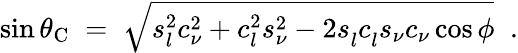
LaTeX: \sin\theta_{\mathrm{C}}\; =\; \sqrt{s_{l}^{2}c_{\nu}^{2}+c_{l}^{2}s_{\nu}^{2}-2s_{l}^{~}c_{l}^{~}s_{\nu}c_{\nu}\cos\phi}\; \; .